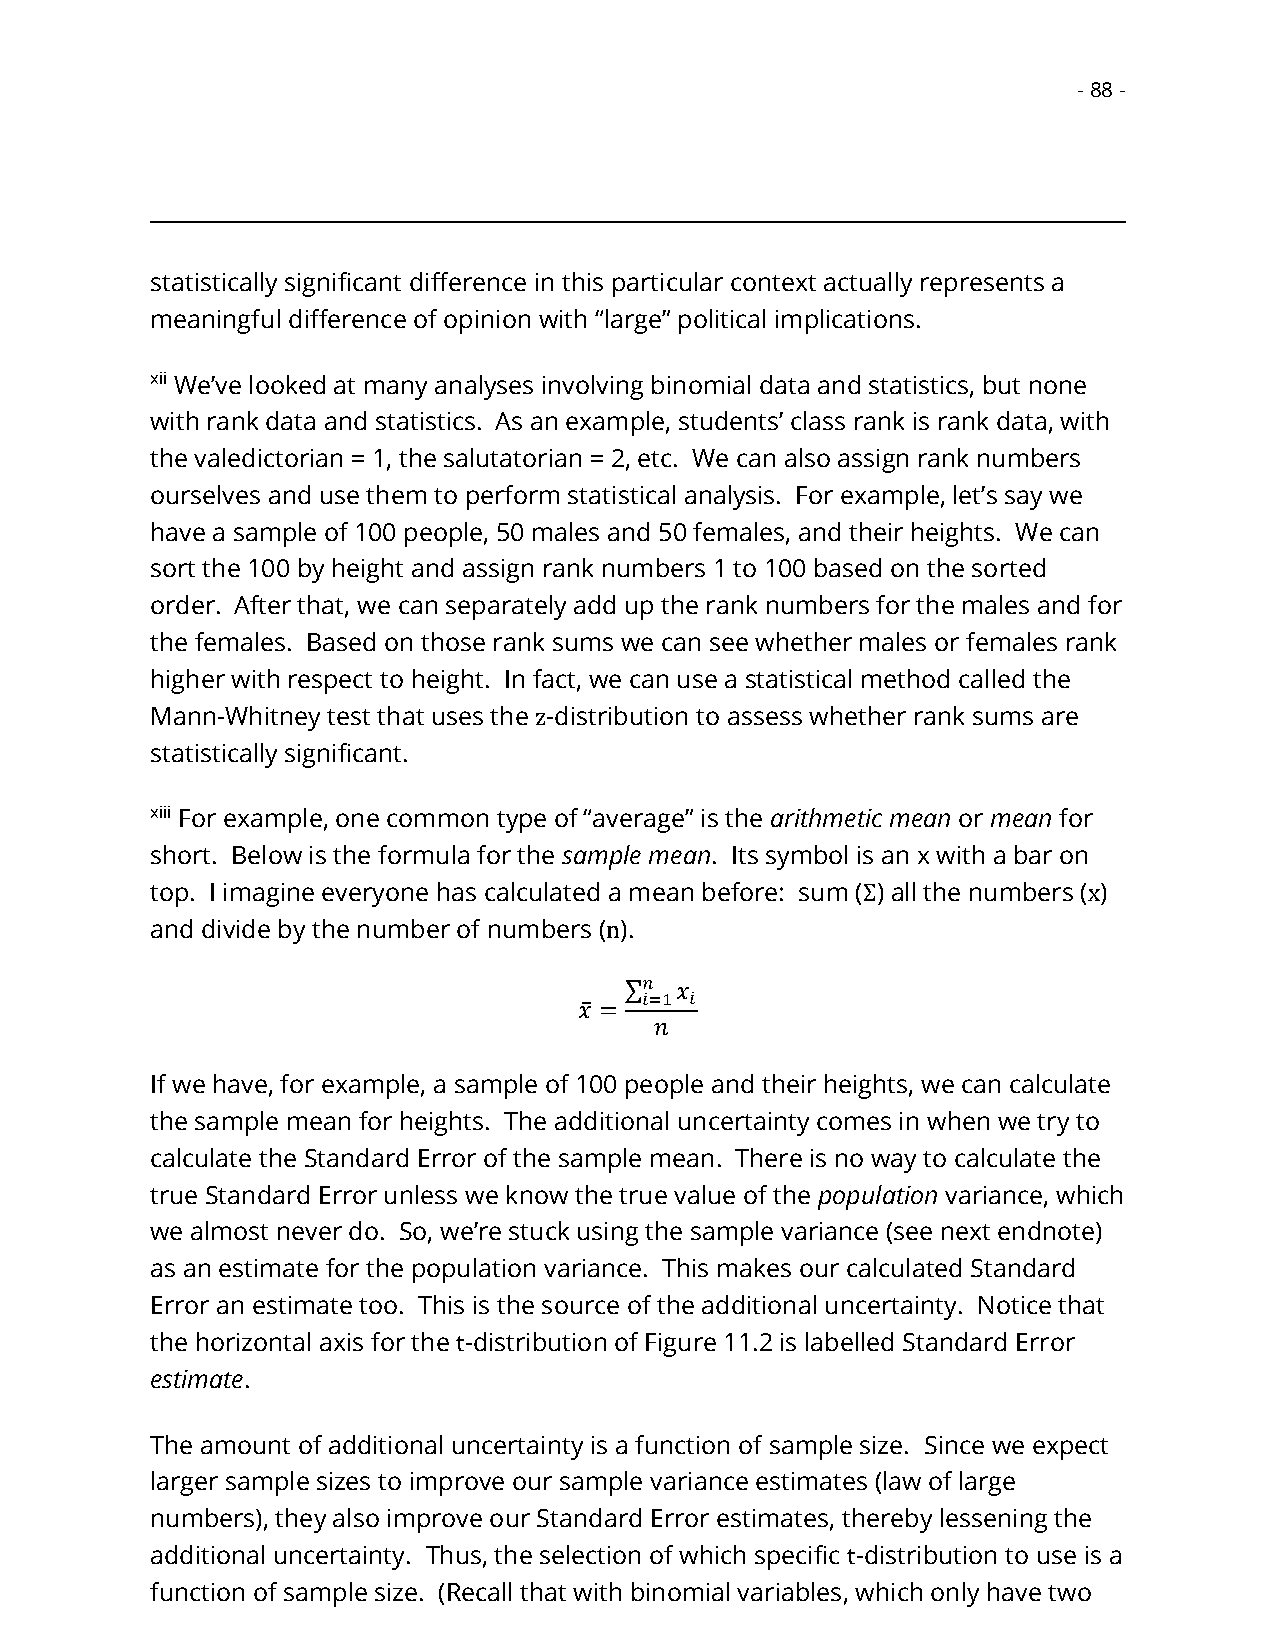
- 88 -
 statistically significant difference in this particular context actually represents a
 meaningful difference of opinion with “large” political implications.
 xii We’ve looked at many analyses involving binomial data and statistics, but none
 with rank data and statistics. As an example, students’ class rank is rank data, with
 the valedictorian = 1, the salutatorian = 2, etc. We can also assign rank numbers
 ourselves and use them to perform statistical analysis. For example, let’s say we
 have a sample of 100 people, 50 males and 50 females, and their heights. We can
 sort the 100 by height and assign rank numbers 1 to 100 based on the sorted
 order. After that, we can separately add up the rank numbers for the males and for
 the females. Based on those rank sums we can see whether males or females rank
 higher with respect to height. In fact, we can use a statistical method called the
 Mann-Whitney test that uses the z-distribution to assess whether rank sums are
 statistically significant.
 xiii For example, one common type of “average” is the arithmetic mean or mean for
 short. Below is the formula for the sample mean. Its symbol is an x with a bar on
 top. I imagine everyone has calculated a mean before: sum (Σ) all the numbers (x)
 and divide by the number of numbers (n).
 ∑𝑛  𝑥
 𝑖=1 𝑖
 𝑥̅ =
 𝑛
 If we have, for example, a sample of 100 people and their heights, we can calculate
 the sample mean for heights. The additional uncertainty comes in when we try to
 calculate the Standard Error of the sample mean. There is no way to calculate the
 true Standard Error unless we know the true value of the population variance, which
 we almost never do. So, we’re stuck using the sample variance (see next endnote)
 as an estimate for the population variance. This makes our calculated Standard
 Error an estimate too. This is the source of the additional uncertainty. Notice that
 the horizontal axis for the t-distribution of Figure 11.2 is labelled Standard Error
 estimate.
 The amount of additional uncertainty is a function of sample size. Since we expect
 larger sample sizes to improve our sample variance estimates (law of large
 numbers), they also improve our Standard Error estimates, thereby lessening the
 additional uncertainty. Thus, the selection of which specific t-distribution to use is a
 function of sample size. (Recall that with binomial variables, which only have two